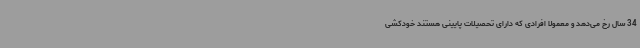
34 سال رخ می‌دهد و معمولا افرادی که دارای تحصیلات پایینی هستند خودکشی